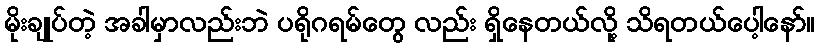
မိုးချုပ်တဲ့ အခါမှာလည်းဘဲ ပရိုဂရမ်တွေ လည်း ရှိနေတယ်လို့ သိရတယ်ပေါ့နော်။